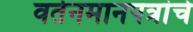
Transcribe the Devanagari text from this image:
वर्तनमानपत्रांचे